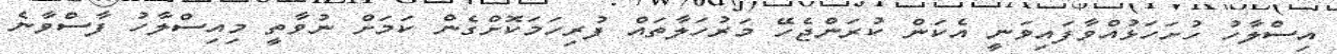
އިސްލާހު ހުށަހަޅުއްވާފައިވަނީ އެކަން ކުރަންޖެހޭ މަރުހަލާތައް ފުރިހަމަކޮށްގެން ކަމަށް ނުވާތީ މިއިސްލާހު ފާސްވާނެ